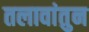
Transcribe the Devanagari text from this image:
तलावांतुन